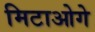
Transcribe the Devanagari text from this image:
मिटाओगे